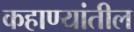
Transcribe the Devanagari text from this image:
कहाण्यांतील